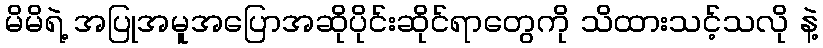
မိမိရဲ့ အပြုအမူအပြောအဆိုပိုင်းဆိုင်ရာတွေကို သိထားသင့်သလို နဲ့